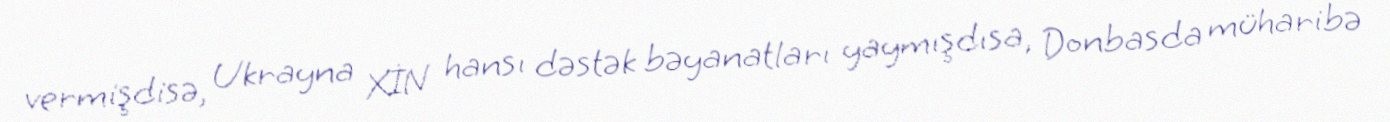
vermişdisə, Ukrayna XİN hansı dəstək bəyanatları yaymışdısa, Donbasda müharibə